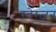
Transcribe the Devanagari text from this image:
रवेरजन